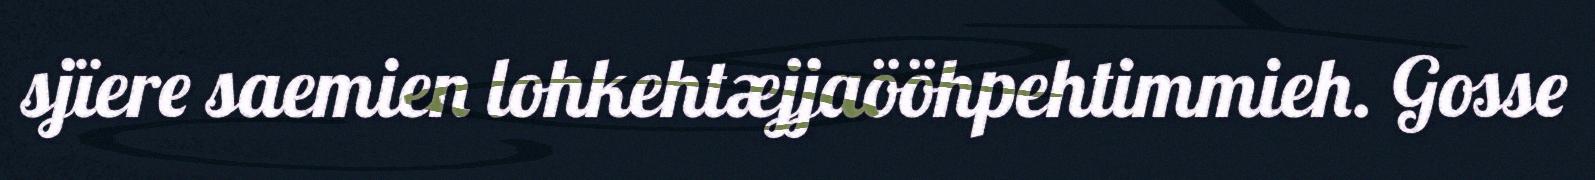
sjïere saemien lohkehtæjjaööhpehtimmieh. Gosse